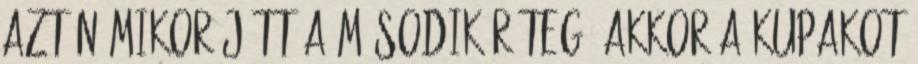
Aztán mikor jött a második réteg, akkor a kupakot